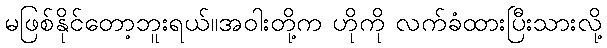
မဖြစ်နိုင်တော့ဘူးရယ်။အဝါးတို့က ဟိုကို လက်ခံထားပြီးသားလို့